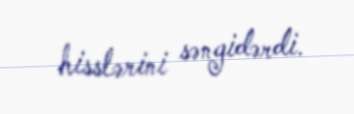
hisslərini səngidərdi.